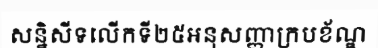
សន្និសីទលើកទី២៥អនុសញ្ញាក្របខ័ណ្ឌ